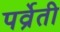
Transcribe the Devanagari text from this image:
पर्व्रेती